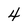
Character: 4